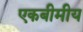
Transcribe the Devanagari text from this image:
एकबीमीय